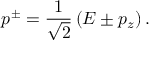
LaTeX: p ^ { \pm } = { \frac { 1 } { \sqrt { 2 } } } \left( E \pm p _ { z } \right) .